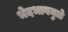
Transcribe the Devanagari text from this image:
भेदभावमुळे